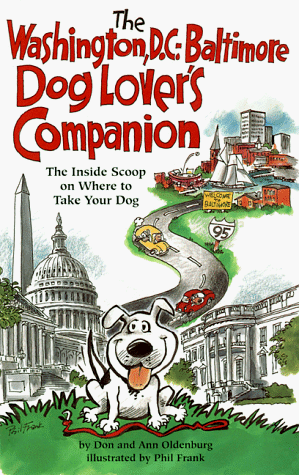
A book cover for The Dog Lover's Companion to Washington, DC-Baltimore; Don Oldenburg; Travel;